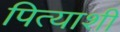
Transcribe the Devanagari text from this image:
पित्याशी